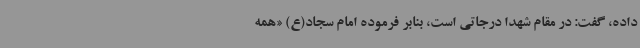
داده، گفت: در مقام شهدا درجاتی است، بنابر فرموده امام سجاد(ع) «همه